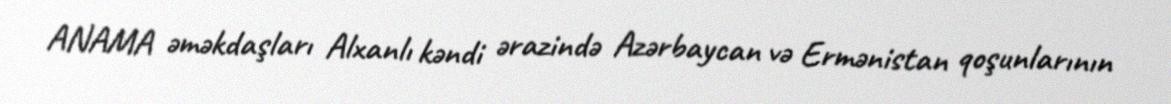
ANAMA əməkdaşları Alxanlı kəndi ərazində Azərbaycan və Ermənistan qoşunlarının